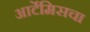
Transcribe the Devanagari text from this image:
आर्टेमिसचा